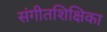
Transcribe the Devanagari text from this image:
संगीतशिक्षिका